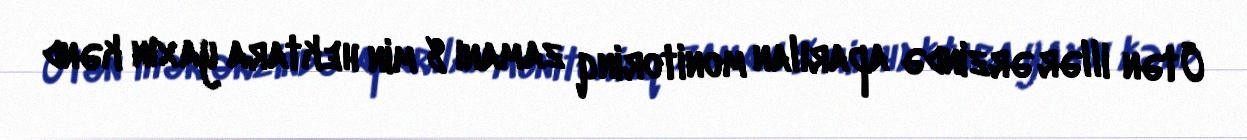
Ötən illər ərzində aparılan monitorinq zamanı 8 min hektara yaxın kənd